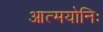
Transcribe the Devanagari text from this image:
आत्मयोनिः